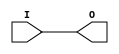
module IBUF(input I, output O);
    assign O = I;
endmodule

module IOBUFE(input I, input E, output O, inout IO);
    assign O = IO;
    assign IO = E ? I : 1'bz;
endmodule

module ANDTERM(IN, IN_B, OUT);
    parameter TRUE_INP = 0;
    parameter COMP_INP = 0;

    input [TRUE_INP-1:0] IN;
    input [COMP_INP-1:0] IN_B;
    output reg OUT;

    integer i;

    always @(*) begin
        OUT = 1;
        for (i = 0; i < TRUE_INP; i=i+1)
            OUT = OUT & IN[i];
        for (i = 0; i < COMP_INP; i=i+1)
            OUT = OUT & ~IN_B[i];
    end
endmodule

module ORTERM(IN, OUT);
    parameter WIDTH = 0;

    input [WIDTH-1:0] IN;
    output reg OUT;

    integer i;

    always @(*) begin
        OUT = 0;
        for (i = 0; i < WIDTH; i=i+1) begin
            OUT = OUT | IN[i];
        end
    end
endmodule

module MACROCELL_XOR(IN_PTC, IN_ORTERM, OUT);
    parameter INVERT_OUT = 0;

    input IN_PTC;
    input IN_ORTERM;
    output wire OUT;

    wire xor_intermed;

    assign OUT = INVERT_OUT ? ~xor_intermed : xor_intermed;
    assign xor_intermed = IN_ORTERM ^ IN_PTC;
endmodule

module FDCP (C, PRE, CLR, D, Q);
    parameter INIT = 0;

    input C, PRE, CLR, D;
    output reg Q;

    initial begin
        Q <= INIT;
    end

    always @(posedge C, posedge PRE, posedge CLR) begin
        if (CLR == 1)
            Q <= 0;
        else if (PRE == 1)
            Q <= 1;
        else
            Q <= D;
    end
endmodule

module FDCP_N (C, PRE, CLR, D, Q);
    parameter INIT = 0;

    input C, PRE, CLR, D;
    output reg Q;

    initial begin
        Q <= INIT;
    end

    always @(negedge C, posedge PRE, posedge CLR) begin
        if (CLR == 1)
            Q <= 0;
        else if (PRE == 1)
            Q <= 1;
        else
            Q <= D;
    end
endmodule

module LDCP (G, PRE, CLR, D, Q);
    parameter INIT = 0;

    input G, PRE, CLR, D;
    output reg Q;

    initial begin
        Q <= INIT;
    end

    always @* begin
        if (CLR == 1)
            Q <= 0;
        else if (G == 1)
            Q <= D;
        else if (PRE == 1)
            Q <= 1;
    end
endmodule

module LDCP_N (G, PRE, CLR, D, Q);
    parameter INIT = 0;

    input G, PRE, CLR, D;
    output reg Q;

    initial begin
        Q <= INIT;
    end

    always @* begin
        if (CLR == 1)
            Q <= 0;
        else if (G == 0)
            Q <= D;
        else if (PRE == 1)
            Q <= 1;
    end
endmodule

module BUFG(I, O);
    input I;
    output O;

    assign O = I;
endmodule

module BUFGSR(I, O);
    parameter INVERT = 0;

    input I;
    output O;

    assign O = INVERT ? ~I : I;
endmodule

module BUFGTS(I, O);
    parameter INVERT = 0;

    input I;
    output O;

    assign O = INVERT ? ~I : I;
endmodule

module FDDCP (C, PRE, CLR, D, Q);
    parameter INIT = 0;

    input C, PRE, CLR, D;
    output reg Q;

    initial begin
        Q <= INIT;
    end

    always @(posedge C, negedge C, posedge PRE, posedge CLR) begin
        if (CLR == 1)
            Q <= 0;
        else if (PRE == 1)
            Q <= 1;
        else
            Q <= D;
    end
endmodule

module FTCP (C, PRE, CLR, T, Q);
    parameter INIT = 0;

    input C, PRE, CLR, T;
    output wire Q;
    reg Q_;

    initial begin
        Q_ <= INIT;
    end

    always @(posedge C, posedge PRE, posedge CLR) begin
        if (CLR == 1)
            Q_ <= 0;
        else if (PRE == 1)
            Q_ <= 1;
        else if (T == 1)
            Q_ <= ~Q_;
    end

    assign Q = Q_;
endmodule

module FTCP_N (C, PRE, CLR, T, Q);
    parameter INIT = 0;

    input C, PRE, CLR, T;
    output wire Q;
    reg Q_;

    initial begin
        Q_ <= INIT;
    end

    always @(negedge C, posedge PRE, posedge CLR) begin
        if (CLR == 1)
            Q_ <= 0;
        else if (PRE == 1)
            Q_ <= 1;
        else if (T == 1)
            Q_ <= ~Q_;
    end

    assign Q = Q_;
endmodule

module FTDCP (C, PRE, CLR, T, Q);
    parameter INIT = 0;

    input C, PRE, CLR, T;
    output wire Q;
    reg Q_;

    initial begin
        Q_ <= INIT;
    end

    always @(posedge C, negedge C, posedge PRE, posedge CLR) begin
        if (CLR == 1)
            Q_ <= 0;
        else if (PRE == 1)
            Q_ <= 1;
        else if (T == 1)
            Q_ <= ~Q_;
    end

    assign Q = Q_;
endmodule

module FDCPE (C, PRE, CLR, D, Q, CE);
    parameter INIT = 0;

    input C, PRE, CLR, D, CE;
    output reg Q;

    initial begin
        Q <= INIT;
    end

    always @(posedge C, posedge PRE, posedge CLR) begin
        if (CLR == 1)
            Q <= 0;
        else if (PRE == 1)
            Q <= 1;
        else if (CE == 1)
            Q <= D;
    end
endmodule

module FDCPE_N (C, PRE, CLR, D, Q, CE);
    parameter INIT = 0;

    input C, PRE, CLR, D, CE;
    output reg Q;

    initial begin
        Q <= INIT;
    end

    always @(negedge C, posedge PRE, posedge CLR) begin
        if (CLR == 1)
            Q <= 0;
        else if (PRE == 1)
            Q <= 1;
        else if (CE == 1)
            Q <= D;
    end
endmodule

module FDDCPE (C, PRE, CLR, D, Q, CE);
    parameter INIT = 0;

    input C, PRE, CLR, D, CE;
    output reg Q;

    initial begin
        Q <= INIT;
    end

    always @(posedge C, negedge C, posedge PRE, posedge CLR) begin
        if (CLR == 1)
            Q <= 0;
        else if (PRE == 1)
            Q <= 1;
        else if (CE == 1)
            Q <= D;
    end
endmodule